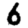
Digit: 6